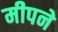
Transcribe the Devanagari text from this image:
मीपने